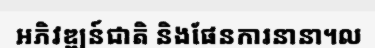
អភិវឌ្ឍន៍ជាតិ និងផែនការនានា។ល